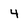
Character: 4